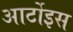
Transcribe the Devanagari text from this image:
आर्टोइस